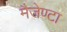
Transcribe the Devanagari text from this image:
मैजेण्टा